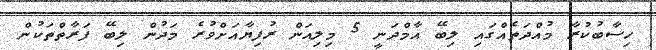
ހިސާބުކުރާ މުއްދަތެއްގައި ލިބޭ އާމްދަނީ 5 މިލިއަން ރުފިޔާއަށްވުރެ މަދުން ލިބޭ ފަރާތްތަކުން